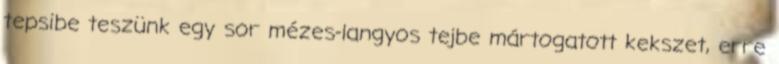
tepsibe teszünk egy sor mézes-langyos tejbe mártogatott kekszet, erre